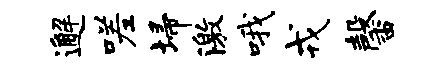
邂嗟埽激哦戎馨